Report on vaccination in the Province of Bengal - 1874-1889
Year: 1874
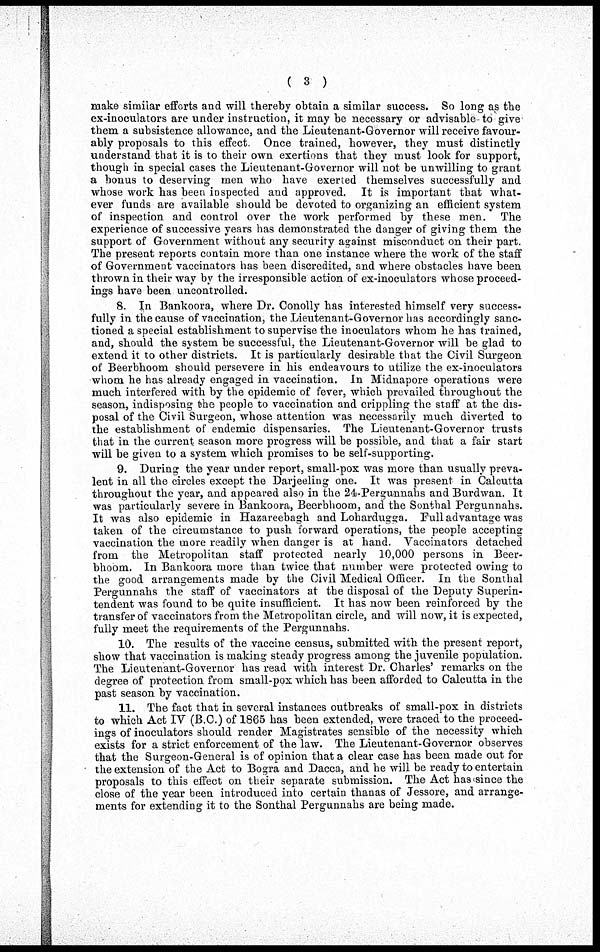
( 3 )
make similar efforts and will thereby obtain a similar success. So long as the
ex-inoculators are under instruction, it may be necessary or advisable to give
them a subsistence allowance, and the Lieutenant-Governor will receive favour-
ably proposals to this effect. Once trained, however, they must distinctly
understand that it is to their own exertions that they must look for support,
though in special cases the Lieutenant-Governor will not be unwilling to grant
a bonus to deserving men who have exerted themselves successfully and
whose work has been inspected and approved. It is important that what-
ever funds are available should be devoted to organizing an efficient system
of inspection and control over the work performed by these men. The
experience of successive years has demonstrated the danger of giving them the
support of Government without any security against misconduct on their part.
The present reports contain more than one instance where the work of the staff
of Government vaccinators has been discredited, and where obstacles have been
thrown in their way by the irresponsible action of ex-inoculators whose proceed-
ings have been uncontrolled.
8. In Bankoora, where Dr. Conolly has interested himself very success-
fully in the cause of vaccination, the Lieutenant-Governor has accordingly sanc-
tioned a special establishment to supervise the inoculators whom he has trained,
and, should the system be successful, the Lieutenant-Governor will be glad to
extend it to other districts. It is particularly desirable that the Civil Surgeon
of Beerbhoom should persevere in his endeavours to utilize the ex-inoculators
whom he has already engaged in vaccination. In Midnapore operations were
much interfered with by the epidemic of fever, which prevailed throughout the
season, indisposing the people to vaccination and crippling the staff at the dis-
posal of the Civil Surgeon, whose attention was necessarily much diverted to
the establishment of endemic dispensaries. The Lieutenant-Governor trusts
that in the current season more progress will be possible, and that a fair start
will be given to a system which promises to be self-supporting.
9. During the year under report, small-pox was more than usually preva-
lent in all the circles except the Darjeeling one. It was present in Calcutta
throughout the year, and appeared also in the 24-Pergunnahs and Burdwan. It
was particularly severe in Bankoora, Beerbhoom, and the Sonthal Pergunnahs.
It was also epidemic in Hazareebagh and Lohardugga. Full advantage was
taken of the circumstance to push forward operations, the people accepting
vaccination the more readily when danger is at hand. Vaccinators detached
from the Metropolitan staff protected nearly 10,000 persons in Beer-
bhoom. In Bankoora more than twice that number were protected owing to
the good arrangements made by the Civil Medical Officer. In the Sonthal
Pergunnahs the staff of vaccinators at the disposal of the Deputy Superin-
tendent was found to be quite insufficient. It has now been reinforced by the
transfer of vaccinators from the Metropolitan circle, and will now, it is expected,
fully meet the requirements of the Pergunnahs.
10. The results of the vaccine census, submitted with the present report,
show that vaccination is making steady progress among the juvenile population.
The Lieutenant-Governor has read with interest Dr. Charles' remarks on the
degree of protection from small-pox which has been afforded to Calcutta in the
past season by vaccination.
11. The fact that in several instances outbreaks of small-pox in districts
to which Act IV (B.C.) of 1865 has been extended, were traced to the proceed-
ings of inoculators should render Magistrates sensible of the necessity which
exists for a strict enforcement of the law. The Lieutenant-Governor observes
that the Surgeon-General is of opinion that a clear case has been made out for
the extension of the Act to Bogra and Dacca, and he will be ready to entertain
proposals to this effect on their separate submission. The Act has since the
close of the year been introduced into certain thanas of Jessore, and arrange-
ments for extending it to the Sonthal Pergunnahs are being made.